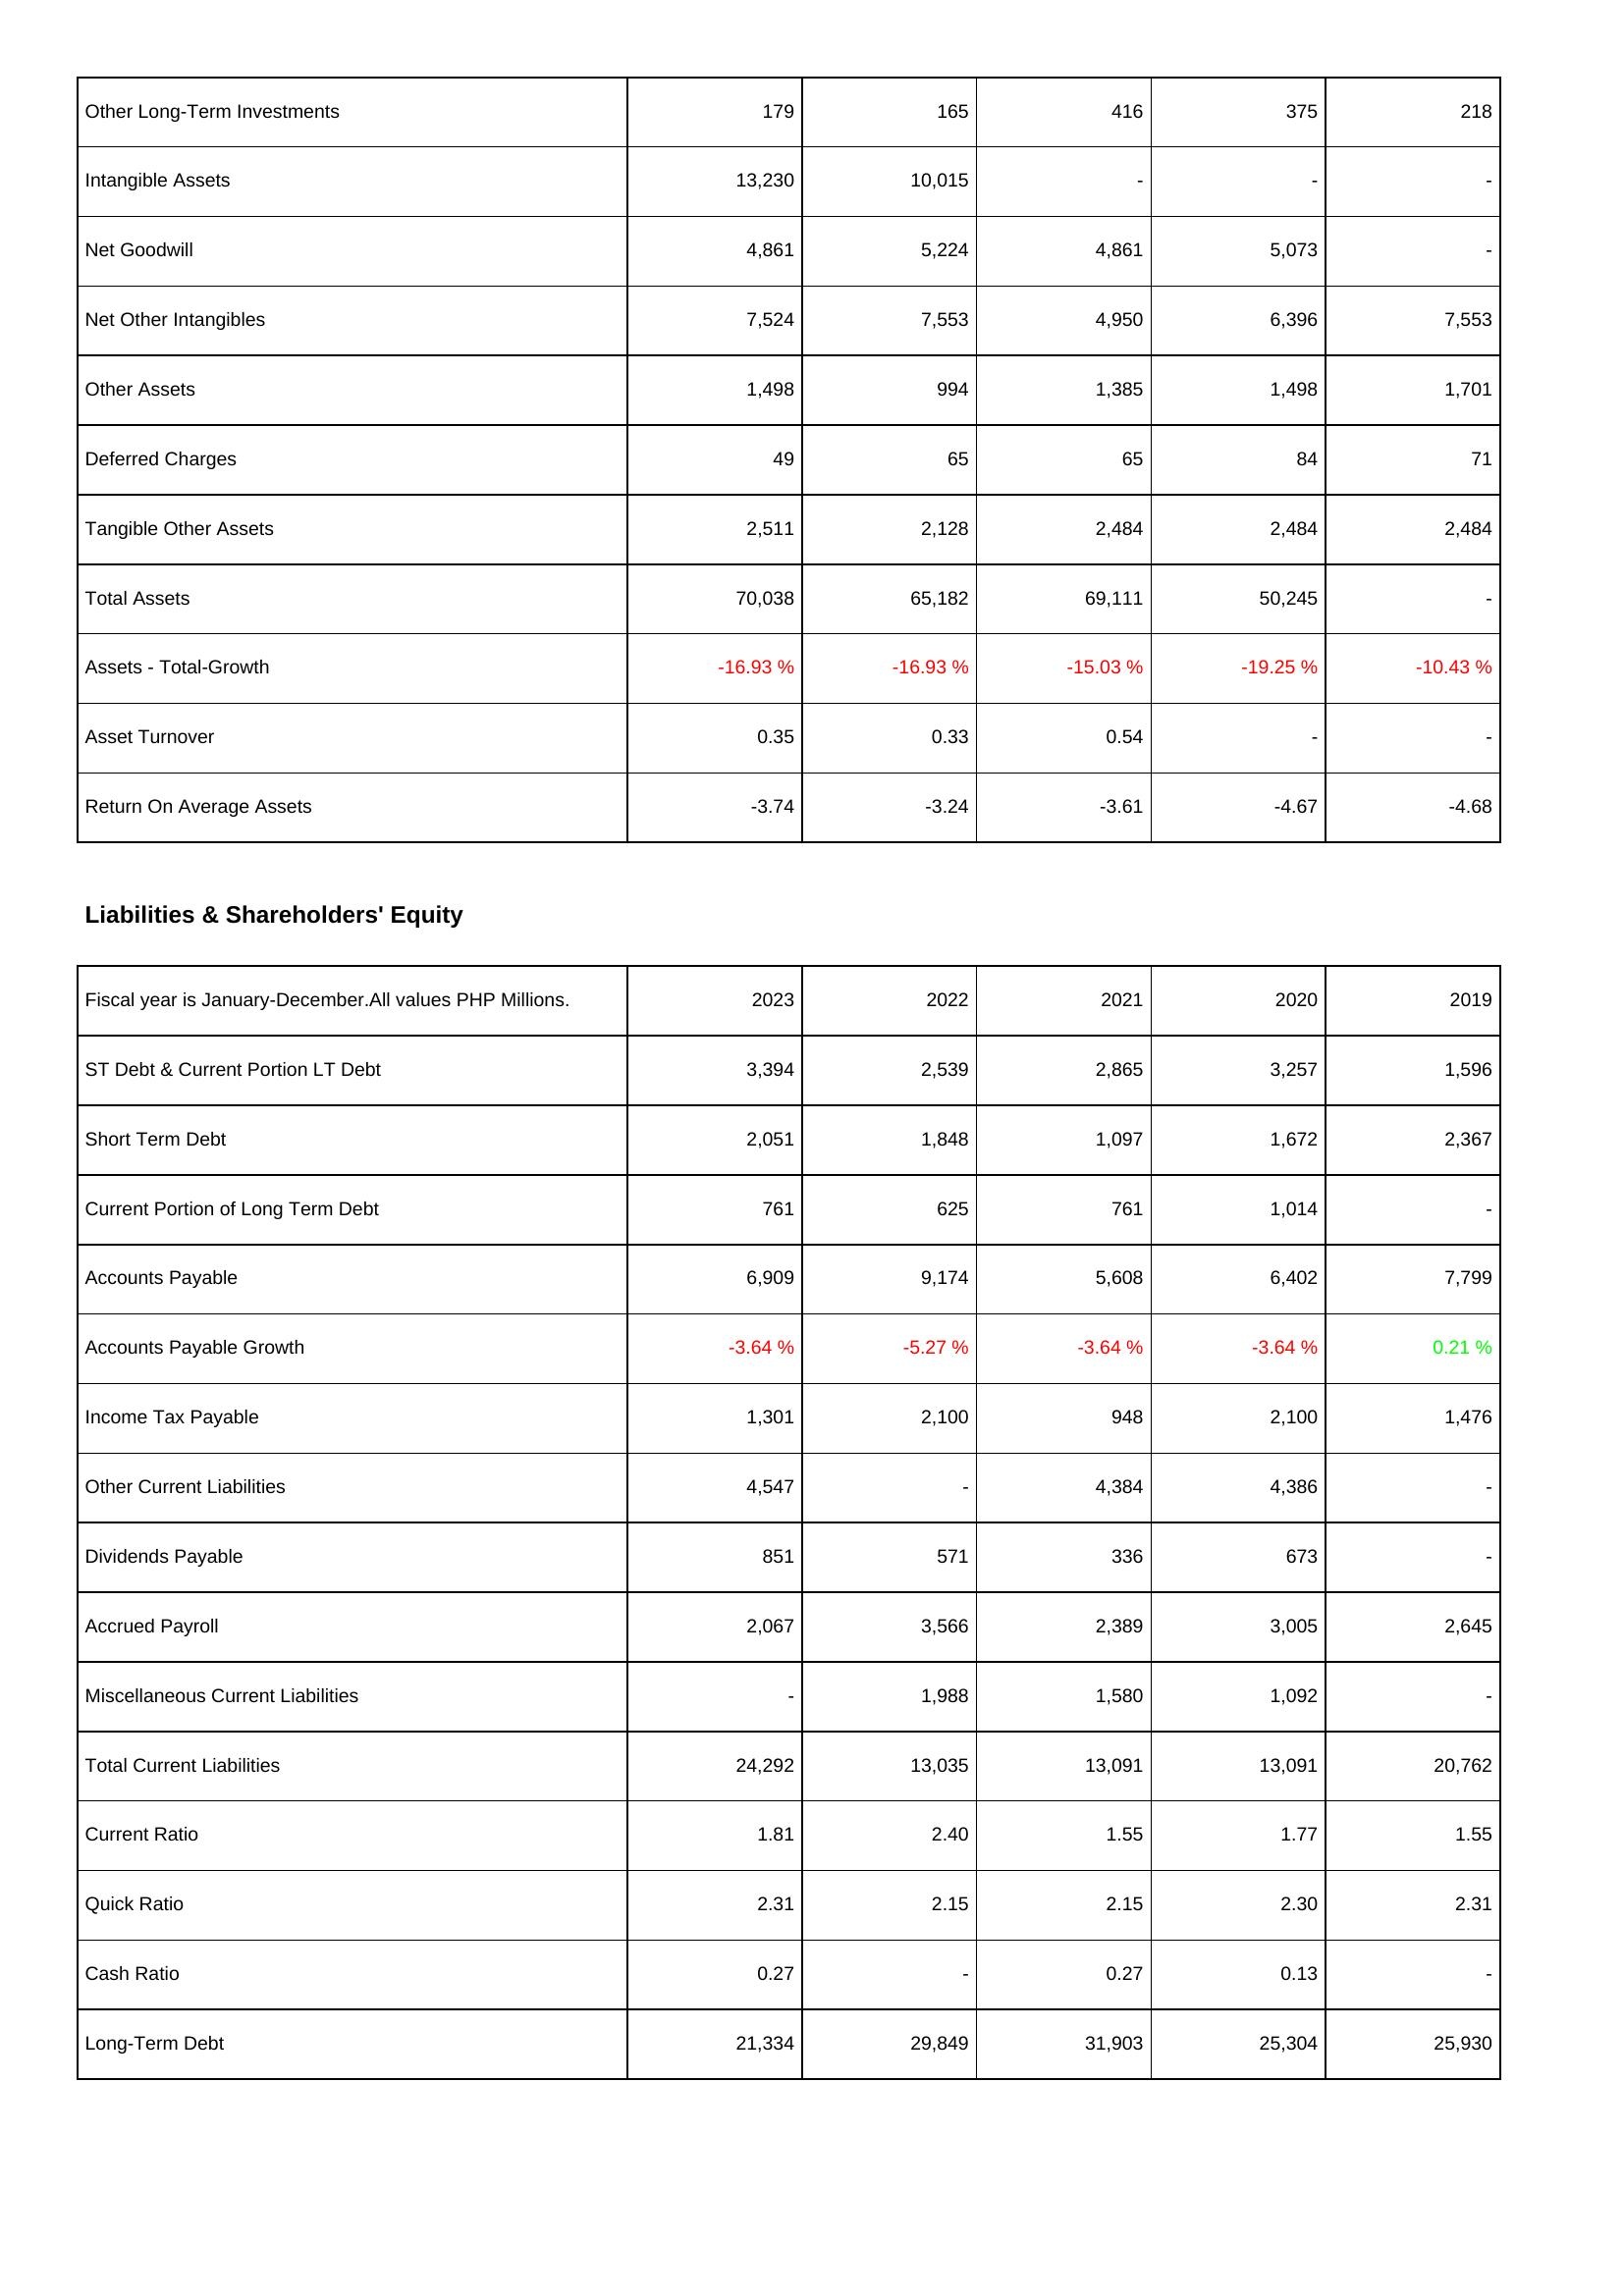
2023: Assets: Other Long-Term Investments: 179
Intangible Assets: 13,230
Net Goodwill: 4,861
Net Other Intangibles: 7,524
Other Assets: 1,498
Deferred Charges: 49
Tangible Other Assets: 2,511
Total Assets: 70,038
Assets - Total-Growth: -16.93 %
Asset Turnover: 0.35
Return On Average Assets: -3.74
Liabilities & Shareholders' Equity: ST Debt & Current Portion LT Debt: 3,394
Short Term Debt: 2,051
Current Portion of Long Term Debt: 761
Accounts Payable: 6,909
Accounts Payable Growth: -3.64 %
Income Tax Payable: 1,301
Other Current Liabilities: 4,547
Dividends Payable: 851
Accrued Payroll: 2,067
Miscellaneous Current Liabilities: -
Total Current Liabilities: 24,292
Current Ratio: 1.81
Quick Ratio: 2.31
Cash Ratio: 0.27
Long-Term Debt: 21,334
2022: Assets: Other Long-Term Investments: 165
Intangible Assets: 10,015
Net Goodwill: 5,224
Net Other Intangibles: 7,553
Other Assets: 994
Deferred Charges: 65
Tangible Other Assets: 2,128
Total Assets: 65,182
Assets - Total-Growth: -16.93 %
Asset Turnover: 0.33
Return On Average Assets: -3.24
Liabilities & Shareholders' Equity: ST Debt & Current Portion LT Debt: 2,539
Short Term Debt: 1,848
Current Portion of Long Term Debt: 625
Accounts Payable: 9,174
Accounts Payable Growth: -5.27 %
Income Tax Payable: 2,100
Other Current Liabilities: -
Dividends Payable: 571
Accrued Payroll: 3,566
Miscellaneous Current Liabilities: 1,988
Total Current Liabilities: 13,035
Current Ratio: 2.40
Quick Ratio: 2.15
Cash Ratio: -
Long-Term Debt: 29,849
2021: Assets: Other Long-Term Investments: 416
Intangible Assets: -
Net Goodwill: 4,861
Net Other Intangibles: 4,950
Other Assets: 1,385
Deferred Charges: 65
Tangible Other Assets: 2,484
Total Assets: 69,111
Assets - Total-Growth: -15.03 %
Asset Turnover: 0.54
Return On Average Assets: -3.61
Liabilities & Shareholders' Equity: ST Debt & Current Portion LT Debt: 2,865
Short Term Debt: 1,097
Current Portion of Long Term Debt: 761
Accounts Payable: 5,608
Accounts Payable Growth: -3.64 %
Income Tax Payable: 948
Other Current Liabilities: 4,384
Dividends Payable: 336
Accrued Payroll: 2,389
Miscellaneous Current Liabilities: 1,580
Total Current Liabilities: 13,091
Current Ratio: 1.55
Quick Ratio: 2.15
Cash Ratio: 0.27
Long-Term Debt: 31,903
2020: Assets: Other Long-Term Investments: 375
Intangible Assets: -
Net Goodwill: 5,073
Net Other Intangibles: 6,396
Other Assets: 1,498
Deferred Charges: 84
Tangible Other Assets: 2,484
Total Assets: 50,245
Assets - Total-Growth: -19.25 %
Asset Turnover: -
Return On Average Assets: -4.67
Liabilities & Shareholders' Equity: ST Debt & Current Portion LT Debt: 3,257
Short Term Debt: 1,672
Current Portion of Long Term Debt: 1,014
Accounts Payable: 6,402
Accounts Payable Growth: -3.64 %
Income Tax Payable: 2,100
Other Current Liabilities: 4,386
Dividends Payable: 673
Accrued Payroll: 3,005
Miscellaneous Current Liabilities: 1,092
Total Current Liabilities: 13,091
Current Ratio: 1.77
Quick Ratio: 2.30
Cash Ratio: 0.13
Long-Term Debt: 25,304
2019: Assets: Other Long-Term Investments: 218
Intangible Assets: -
Net Goodwill: -
Net Other Intangibles: 7,553
Other Assets: 1,701
Deferred Charges: 71
Tangible Other Assets: 2,484
Total Assets: -
Assets - Total-Growth: -10.43 %
Asset Turnover: -
Return On Average Assets: -4.68
Liabilities & Shareholders' Equity: ST Debt & Current Portion LT Debt: 1,596
Short Term Debt: 2,367
Current Portion of Long Term Debt: -
Accounts Payable: 7,799
Accounts Payable Growth: 0.21 %
Income Tax Payable: 1,476
Other Current Liabilities: -
Dividends Payable: -
Accrued Payroll: 2,645
Miscellaneous Current Liabilities: -
Total Current Liabilities: 20,762
Current Ratio: 1.55
Quick Ratio: 2.31
Cash Ratio: -
Long-Term Debt: 25,930